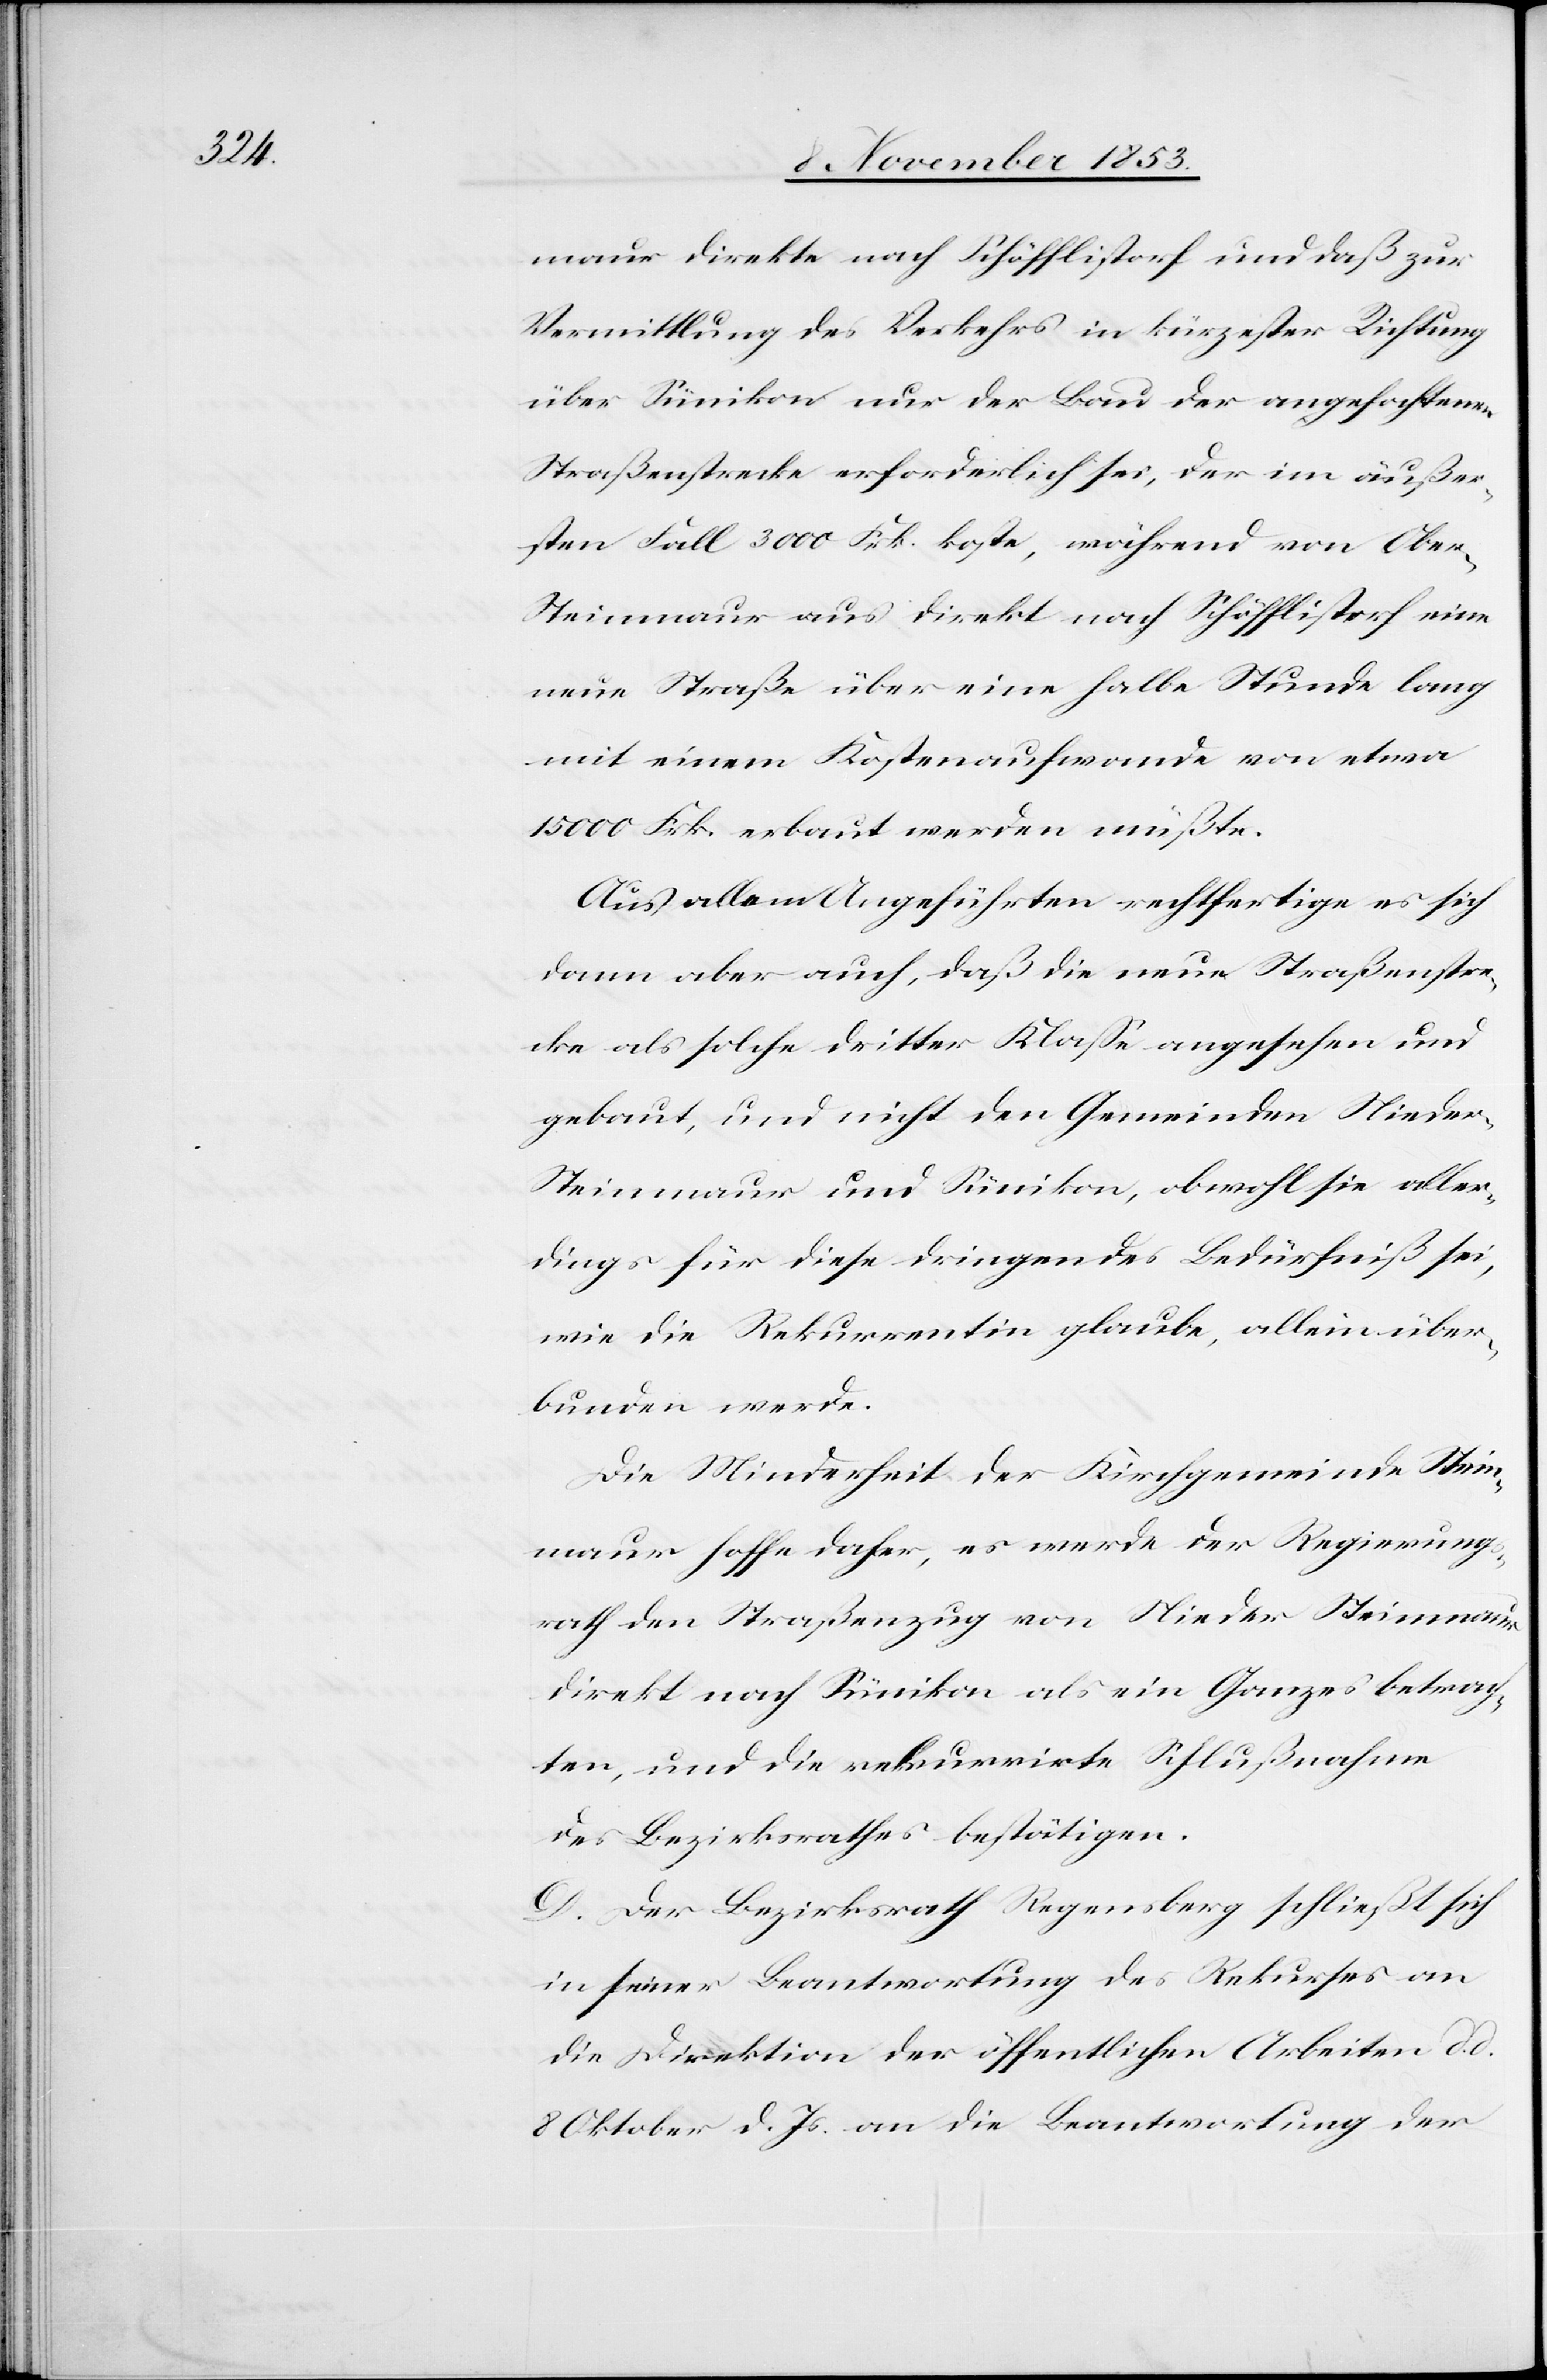
maur direkte nach Schöfflistorf und daß zur
Vermittlung des Verkehrs in kürzester Richtung
über Sümikon nur der Bau der angefochtenen
Straßenstrecke erforderlich sei, der im äußer¬
sten Fall 3000 Frk. koste, während von Obe¬
r-Steinmaur aus direkt nach Schöfflistorf eine
neue Straße über eine halbe Stunde lang
mit einem Kostenaufwande von etwa
15000 Frk. erbaut werden müßte.
Aus allem Angeführten rechtfertige es sich
dann aber auch, daß die neue Straßenstre¬
cke als solche dritter Klaße angesehen und
gebaut, und nicht den Gemeinden Niede¬
r-Steinmaur und Sümikon, obwohl sie aller¬
dings für diese dringendes Bedürfniß sei,
wie die Rekurrentin glaube, allein über¬
bunden werde.
Die Minderheit der Kirchgemeinde Stein¬
maur hoffe daher, es werde der Regierungs¬
rath den Straßenzug von Nieder-Steinmaur
direkt nach Sümikon als ein Ganzes betrach¬
ten, und die rekurrirte Schlußnahme
des Bezirksrathes bestätigen.
D. Der Bezirksrath Regensberg schließt sich
in seiner Beantwortung des Rekurses an
die Direktion der öffentlichen Arbeiten d.
8 Oktober d. Js. an die Beantwortung der